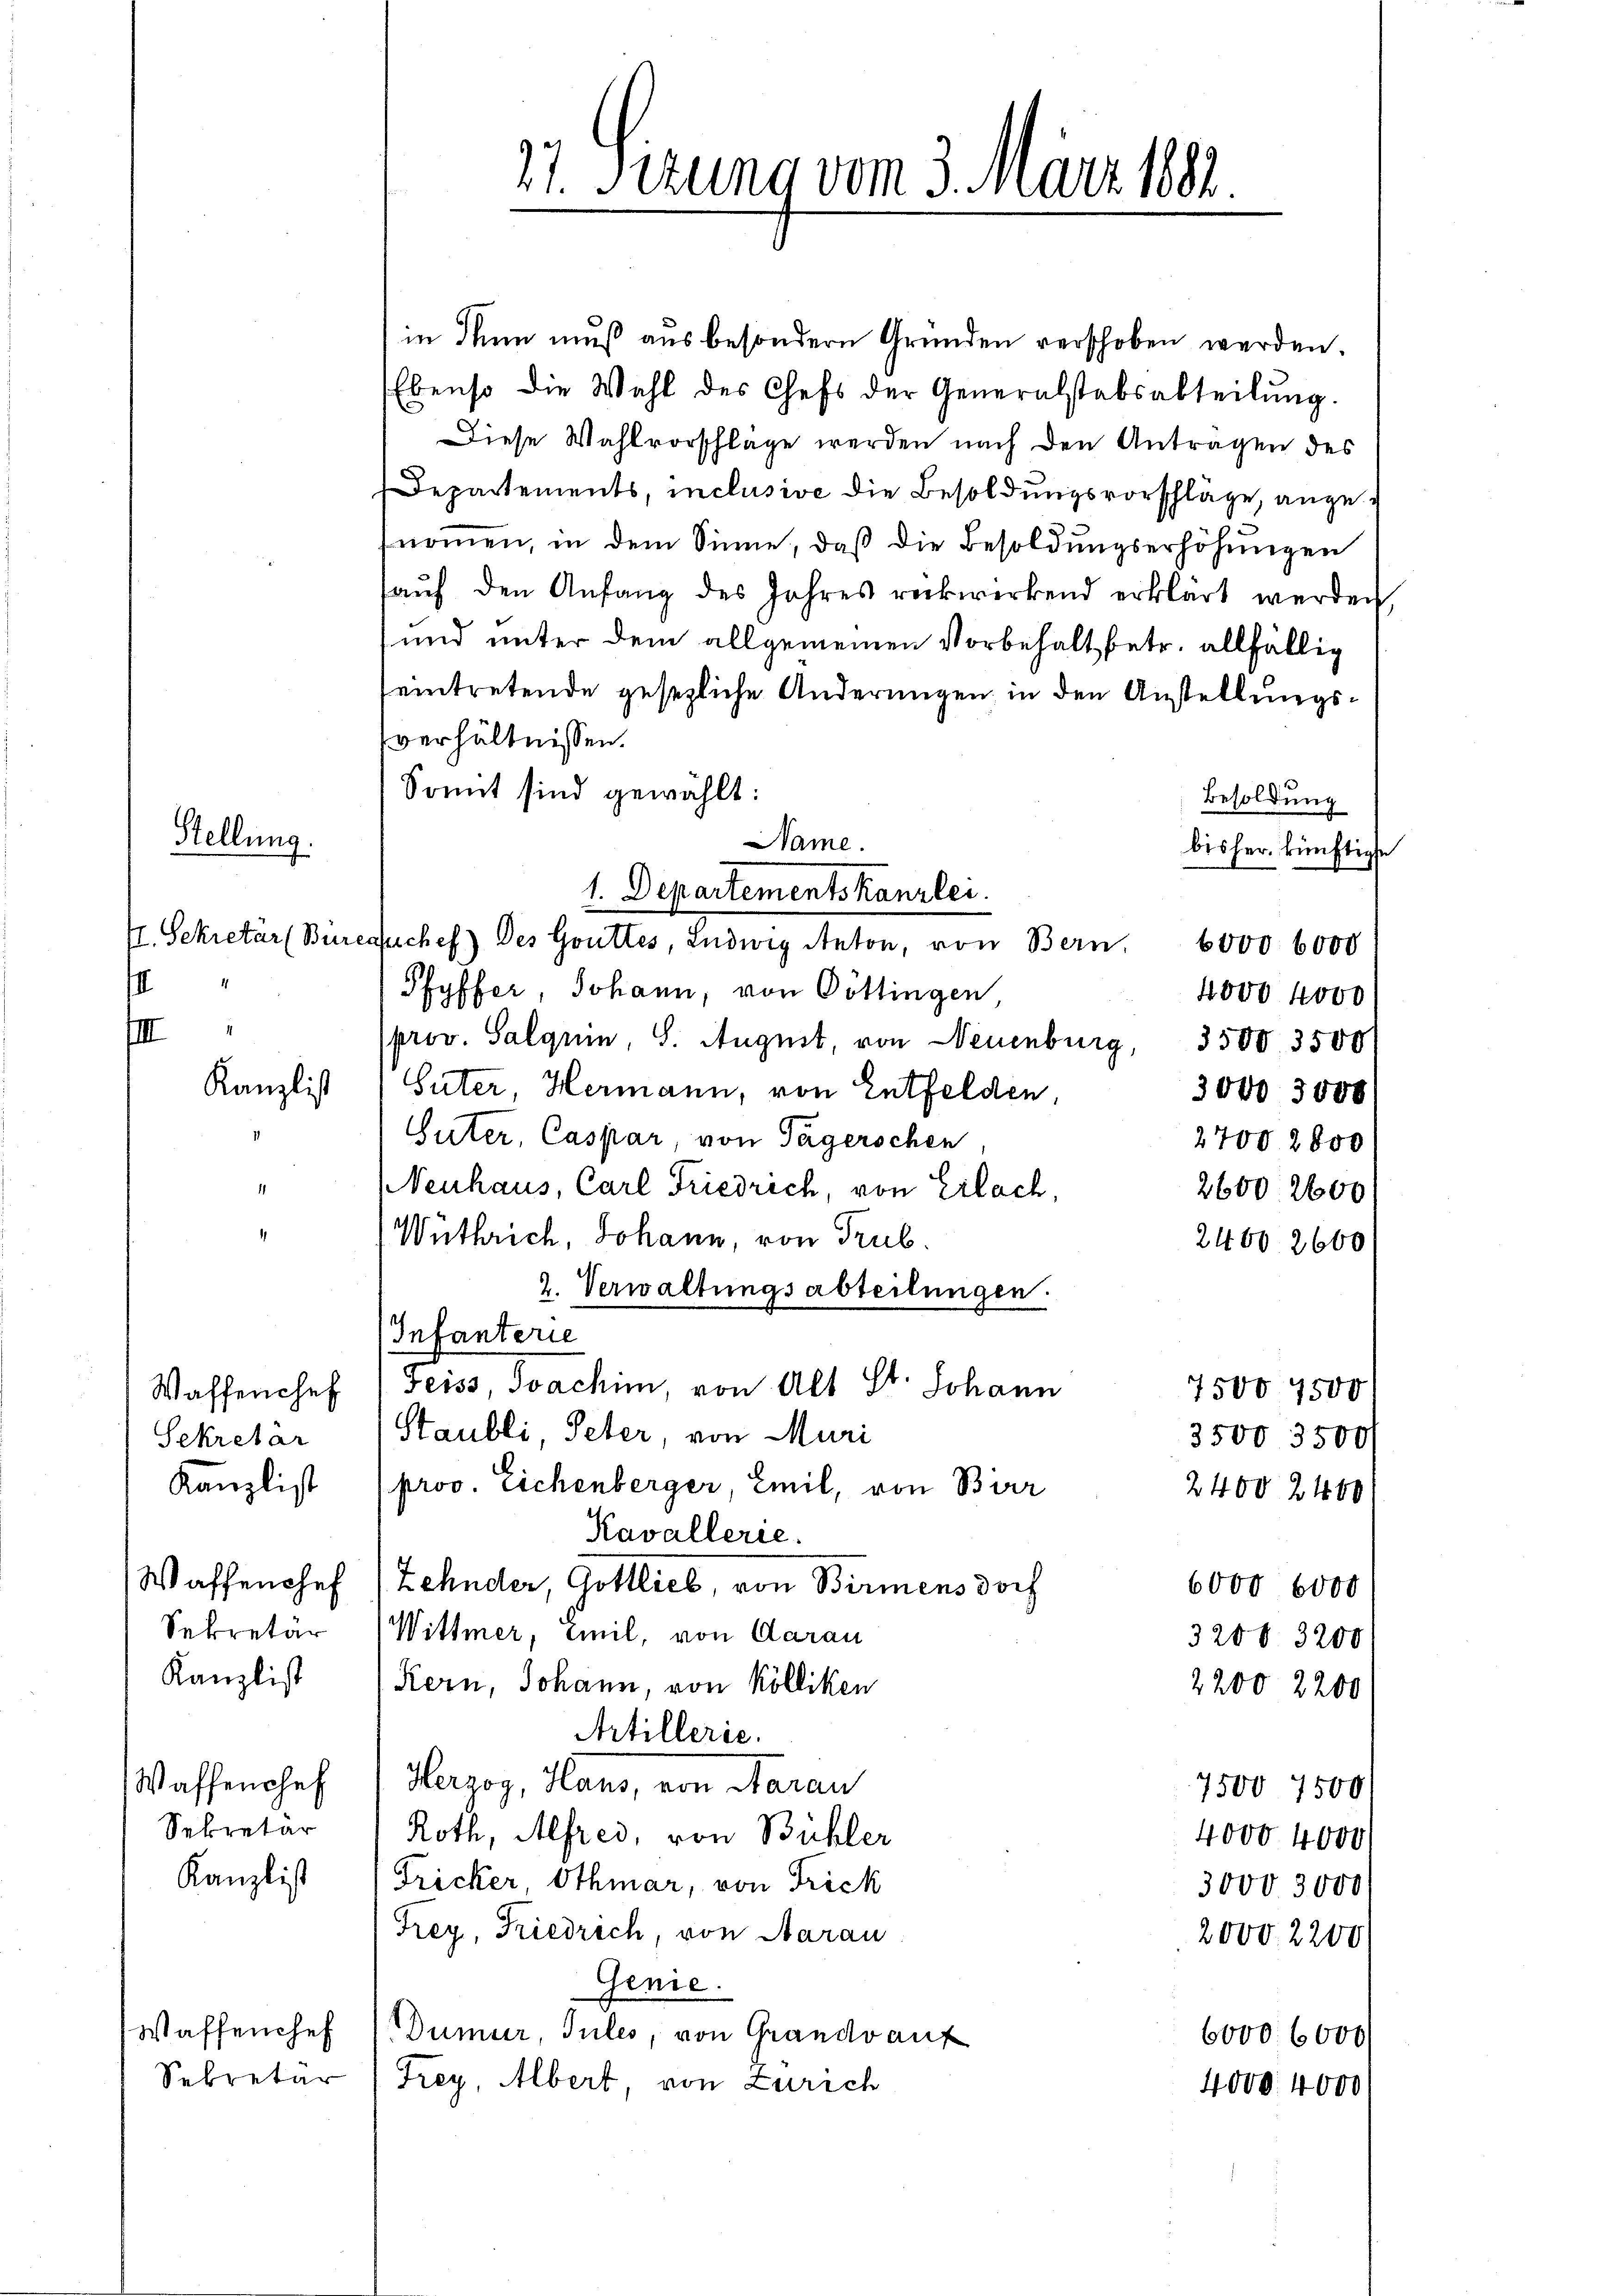
in Thun muß aus besondern Gründen verschoben werden.
Ebenso die Wahl des Chefs der Generalstabsabteilung.
Diese Wahlvorschläge werden nach den Anträgen des
Departements, inclusive die Besoldungsvorschläge, angenoṁen, in dem Sinne, daβ die Besoldŭngserhöhŭngen
aŭf den Anfang des Jahres rückwerkend erklärt werden,
und unter dem allgemeinen Vorbehalt betr. allfällig
eintretende gesezliche Änderungen, in den Anstellungsverhältnissen.
Sonnt sind gewählt:
Besoldung
Name.
bisher künftigte
1. Departementskanzlei.
4. Sekretär Büreauches) des Gottes, Ludwig Anton, von Bern. 6000 6000
Pfyffer, Johann, von Göttingen,
4000 kovo
III
prov. Salquin, S. August, von Neuenburg, 3500 3500
Güter, Hermann, von Entfelden,
3000 3000
Güter, Caspar, von Tägerschen
27002800
NNNeuhaus, Carl Friedrich, von Erlach,
2600. 2600
Wüthrich, Johann, von Trub.
2400. 2600
2. Verwaltungsabteilungen.
Infanterie
Waffenchef (seiss, Joachim, von Alt St. Johann
7500 7500
Staubli, Peter, von Muri
Sekretär
3500 3500/
Kanzlist (prov. Eichenberger, Emil, von Birr
2400 2400
Kavallerie.
Waffenshef (Zehnder, Gottlieb, von Birmens doch
6000 6000
Sekretär Wittmer, Emil, von Aarau
3200. 3200
Kanzlist ( Kern, Johann, von Kölliken
2200 2200
Artillerie.
Waffenshof 1 Herzog, Haus, von Aarau
7500 7500/
Sekretär
Roth, Alfred, von Bühler
4000 4000
Kanzlist (Tricker Othmar, von Frick
3000 3000
Frey, Friedrich, von Aarau
2000 2200
Genie.
Waffenchef (Dumur, Jules, von Grandvauf
6000. 6000
Sekretär
Frey, Albert, von Zürich
4000. 4000

Stellung.
s

Kanzlist

21. Sizung vom 3. März 1882